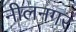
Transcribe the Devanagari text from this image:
नीलनगर